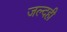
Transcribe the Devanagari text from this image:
जल्‍दही